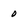
Character: 0